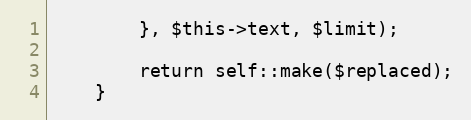
Language: PHP
        }, $this->text, $limit);

        return self::make($replaced);
    }